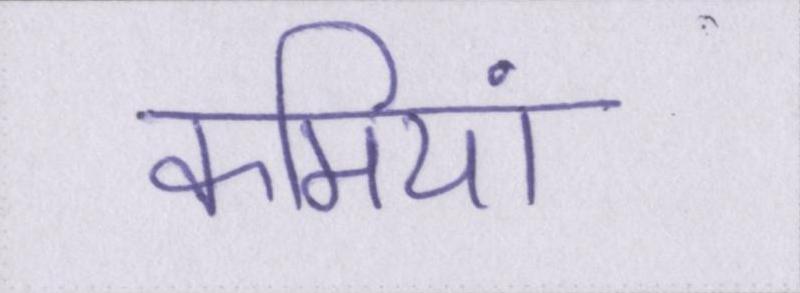
कमियां